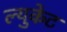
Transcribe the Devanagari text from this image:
ल्युकेट